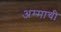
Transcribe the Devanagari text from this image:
अम्माची